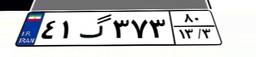
۴۱گ۳۷۳۸۰